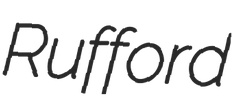
Rufford